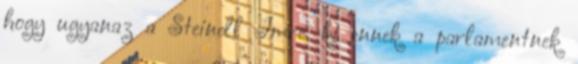
hogy ugyanaz a Steindl Imre, ki ennek a parlamentnek